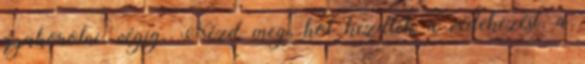
gyakorolni, végig. Nézd meg, hol kezdték a védekezést, a